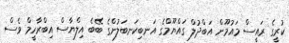
ކުރީގެ ރައީސް މައުމޫން އަބްދުލް ގައްޔޫމްގެ އަނބިކަނބަލުންގެ ބޭބެ އިލްޔާސް އިބްރާހީމް ވެސް